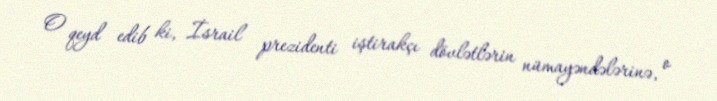
O qeyd edib ki, İsrail prezidenti iştirakçı dövlətlərin nümayəndələrinə, o